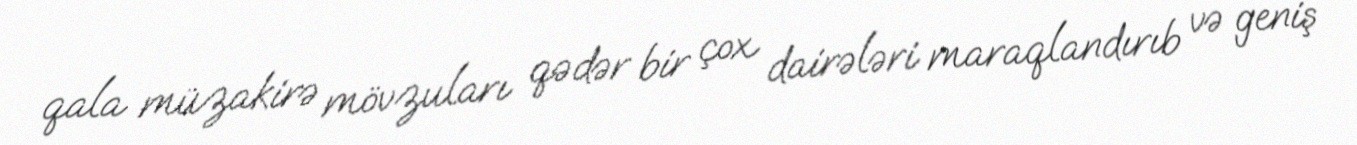
qala müzakirə mövzuları qədər bir çox dairələri maraqlandırıb və geniş